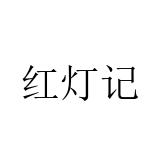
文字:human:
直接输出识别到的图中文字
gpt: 红灯记